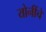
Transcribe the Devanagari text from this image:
योनींचे